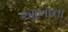
આનાના